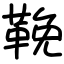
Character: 鞔